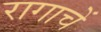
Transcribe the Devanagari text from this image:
रागाचें